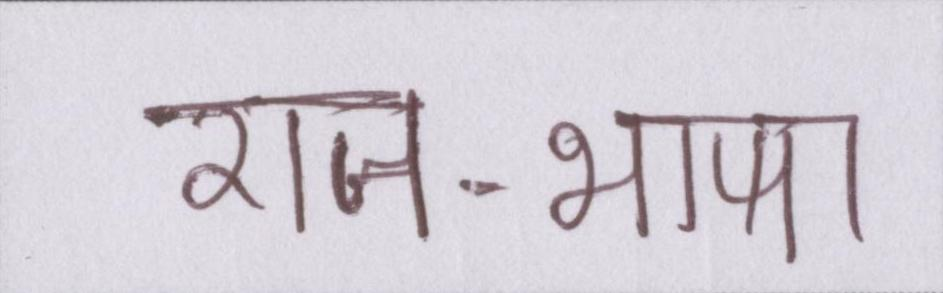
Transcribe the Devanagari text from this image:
राजभाषा